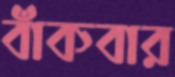
বাঁকবার